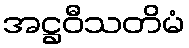
အဋ္ဌဝီသတိမံ